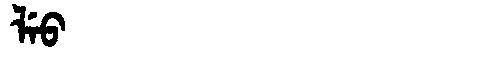
Manchu: ᠯᡝᠣ
Romanization: LEO